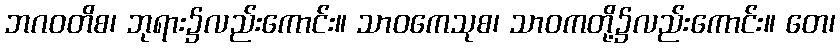
ဘဂဝတိစ၊ ဘုရား၌လည်းကောင်း။ သာဝကေသုစ၊ သာဝကတို့၌လည်းကောင်း။ တေ၊